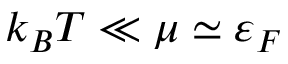
k _ { B } T \ll \mu \simeq \varepsilon _ { F }